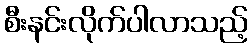
စီးနင်းလိုက်ပါလာသည့်